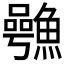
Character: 𮬋